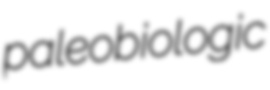
paleobiologic